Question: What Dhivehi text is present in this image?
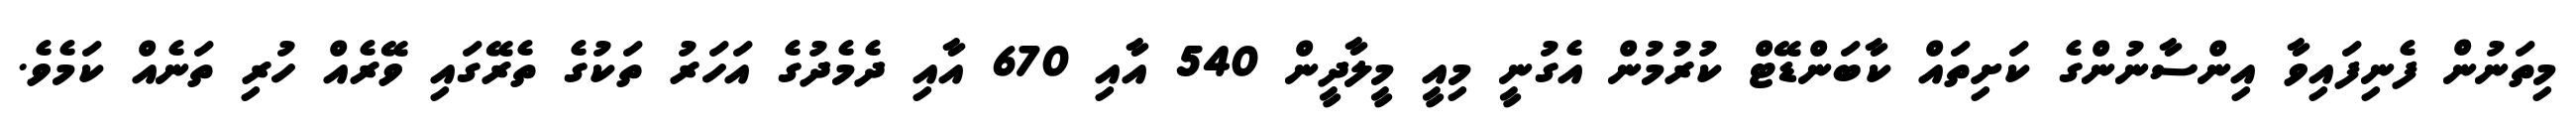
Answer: މިތަނުން ފެނިފައިވާ އިންސާނުންގެ ކަށިތައް ކާބަންޑޭޓް ކުރުމުން އެގުނީ މިއީ މީލާދީން 540 އާއި 670 އާއި ދެމެދުގެ އަހަރު ތަކުގެ ތެރޭގައި ވޭރެއް ހުރި ތަނެއް ކަމެވެ.